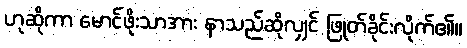
ဟုဆိုကာ မောင်ဖိုးသာအား နာသည်ဆိုလျှင် ဖြုတ်ခိုင်းလိုက်၏။